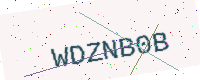
Text: WDZNB0B